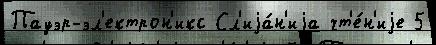
Пауэр-эл'ектрон'икс Сл'иjа́н'иjа чт'е́н'иjе 5